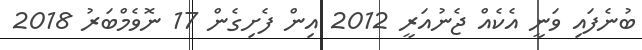
ބުނެފައި ވަނީ އެކެއް ޖެނުއަރީ 2012 އިން ފެށިގެން 17 ނޮވެމްބަރު 2018